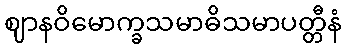
ဈာနဝိမောက္ခသမာဓိသမာပတ္တီနံ